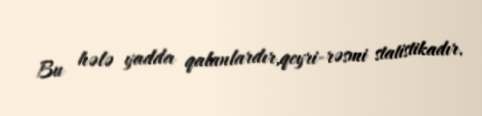
Bu hələ yadda qalanlardır,qeyri-rəsmi statistikadır.